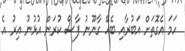
ހަމަ އެގޮތަށް އަބުރާއި ބެހޭ ގާނޫނު ފާސް ކުރަން އުޅުނު އިރު އެ